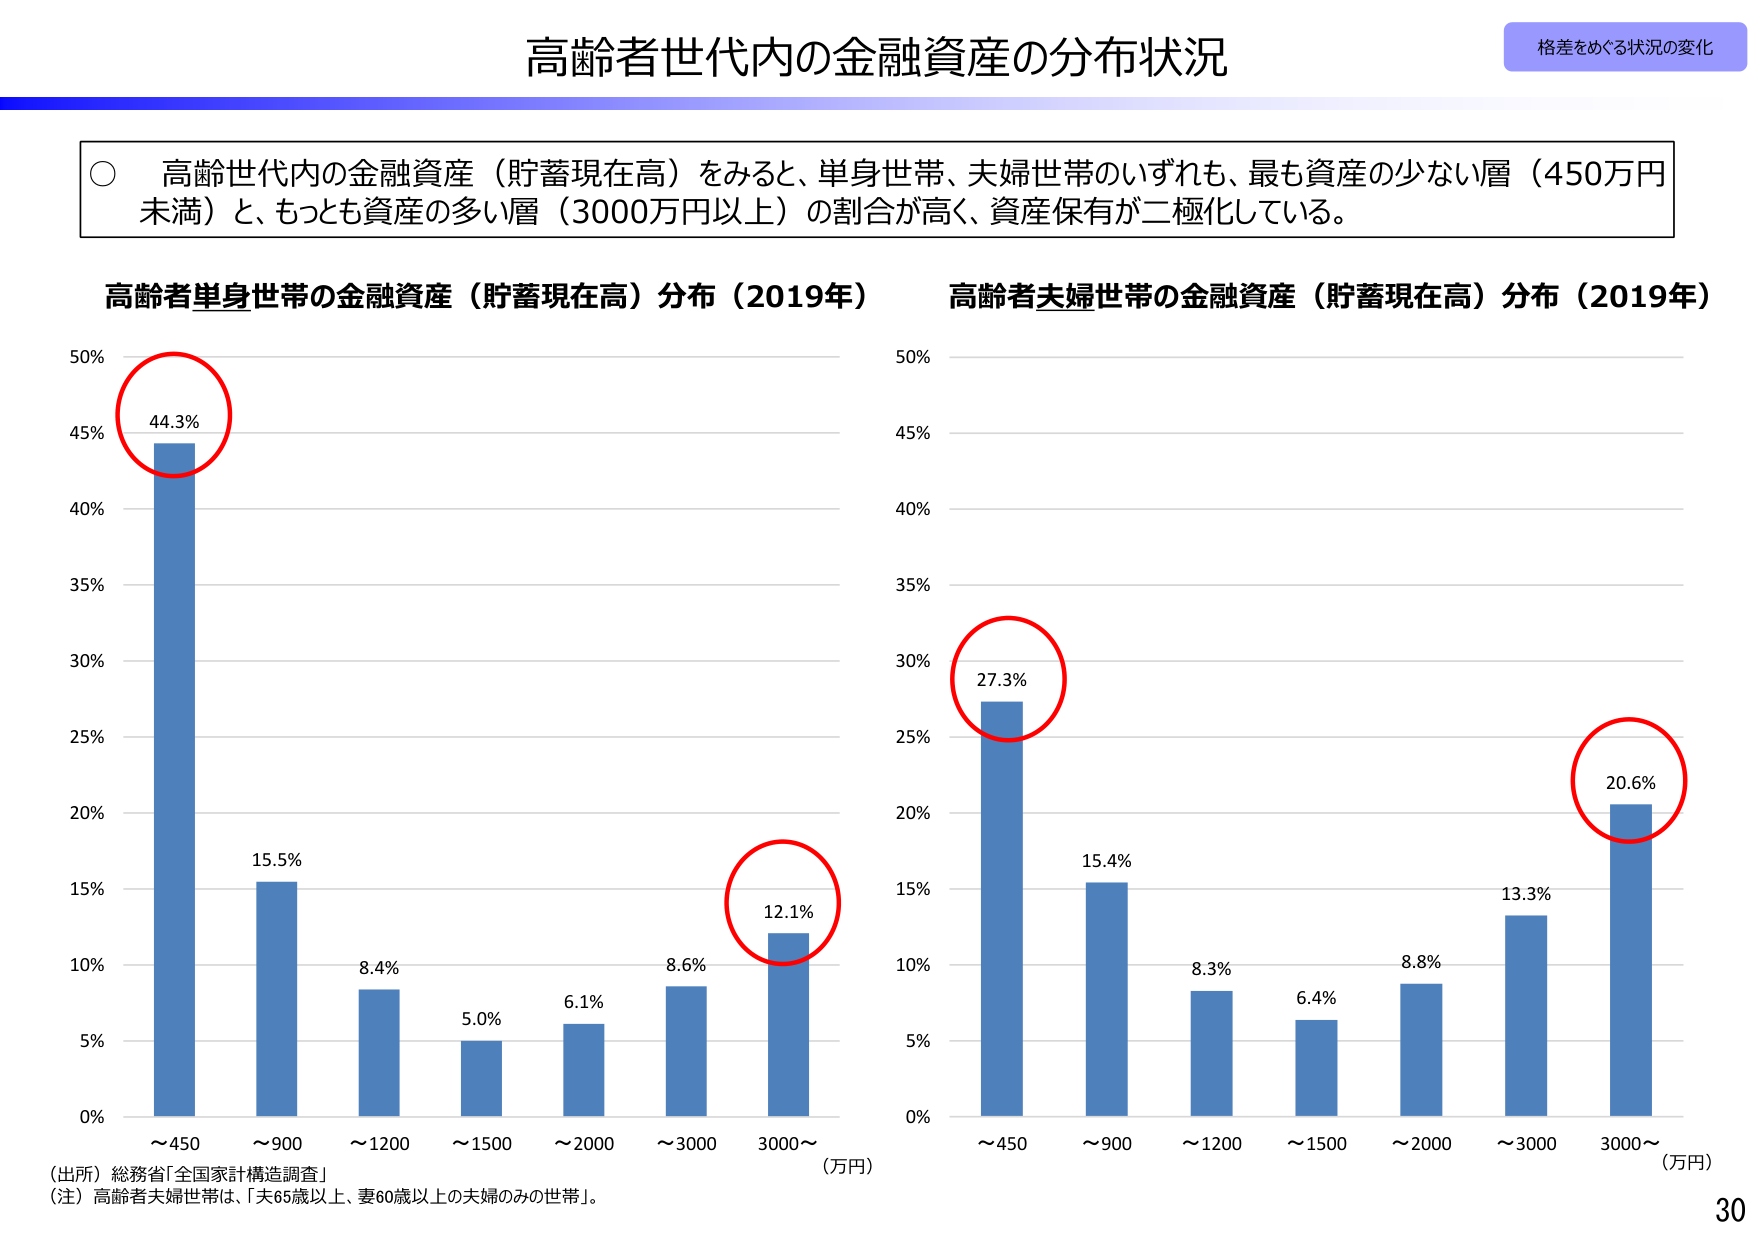
高齢者世代内の金融資産の分布状況
格差をめぐる状況の変化

○ 高齢世代内の金融資産（貯蓄現在高）をみると、単身世帯、夫婦世帯のいずれも、最も資産の少ない層（450万円未満）と、もっとも資産の多い層（3000万円以上）の割合が高く、資産保有が二極化している。

高齢者単身世帯の金融資産（貯蓄現在高）分布（2019年）
50%
45%
44.3%
40%
35%
30%
25%
20%
15%
10%
5%
0%
～450
～900
～1200
～1500
～2000
～3000
3000～
（万円）
15.5%
8.4%
5.0%
6.1%
8.6%
12.1%

高齢者夫婦世帯の金融資産（貯蓄現在高）分布（2019年）
50%
45%
40%
35%
30%
27.3%
25%
20%
15%
10%
5%
0%
～450
～900
～1200
～1500
～2000
～3000
3000～
（万円）
15.4%
8.3%
6.4%
8.8%
13.3%
20.6%

（出所）総務省「全国家計構造調査」
（注）高齢者夫婦世帯は、「夫65歳以上、妻60歳以上の夫婦のみの世帯」。
30